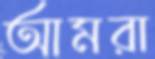
আমরা